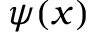
\psi ( x )